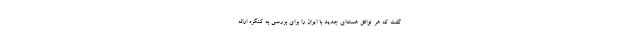
گفت که هر توافق هسته‌ای جدید با ایران را برای بررسی به کنگره ارائه